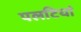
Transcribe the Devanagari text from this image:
पलटियां